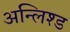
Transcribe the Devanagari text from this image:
अन्लिश्ड